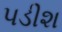
પડીશ